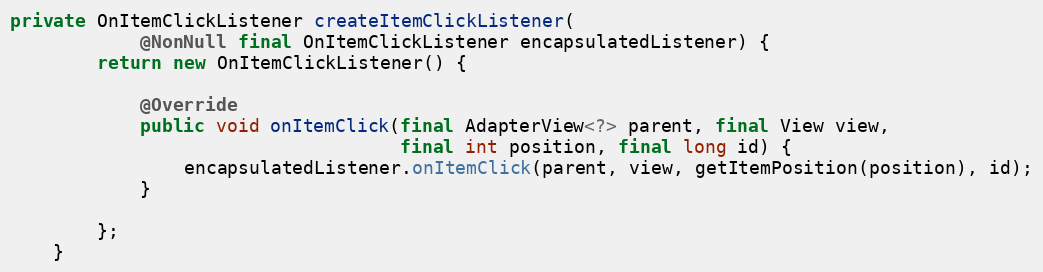
Language: Java
private OnItemClickListener createItemClickListener(
            @NonNull final OnItemClickListener encapsulatedListener) {
        return new OnItemClickListener() {

            @Override
            public void onItemClick(final AdapterView<?> parent, final View view,
                                    final int position, final long id) {
                encapsulatedListener.onItemClick(parent, view, getItemPosition(position), id);
            }

        };
    }